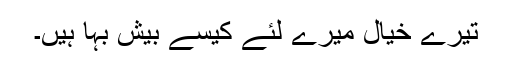
تیرے خیال میرے لئے کیسے بیش بہا ہیں۔